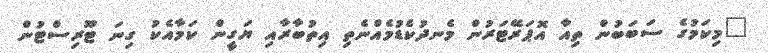
"މިކަމުގެ ސަބަބުން ތިއާ އޮޕަރޭޓަރުން މެނދުކެޑުމެއްނެތި އިތުބާރާއި ޔަގީން ކަމާއެކު ގިނަ ޓޫރިސްޓުން